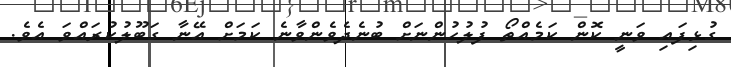
ގުޅިފައި ވަނީ ކޮން ކަމެއްތޯ ފުލުހުންނަށް ބުނެދެވެންވާނެ ކަމަށް އޭނާ ގަބޫލުކުރައްވަ އެވެ.